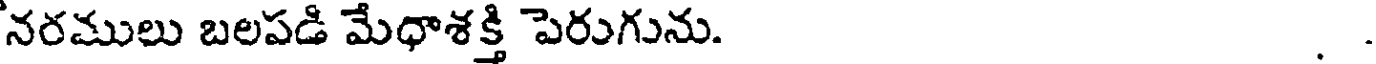
నరములు బలపడి మేధాశక్తి పెరుగును. .